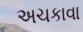
અચકાવા